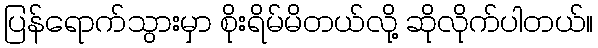
ပြန်ရောက်သွားမှာ စိုးရိမ်မိတယ်လို့ ဆိုလိုက်ပါတယ်။